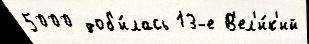
5000 доб'и́лась 13-е В'ел'и́к'ий